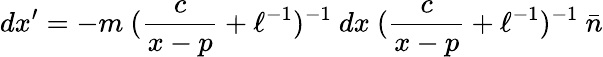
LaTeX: dx^{\prime}=-m~(\frac{c}{x-p}+\ell^{-1})^{-1}~dx~(\frac{c}{x-p}+\ell^{-1})^{-1}~\bar{n}